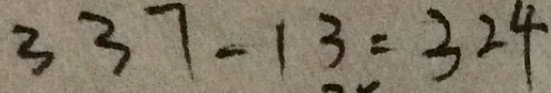
3 3 7 - 1 3 = 3 2 4